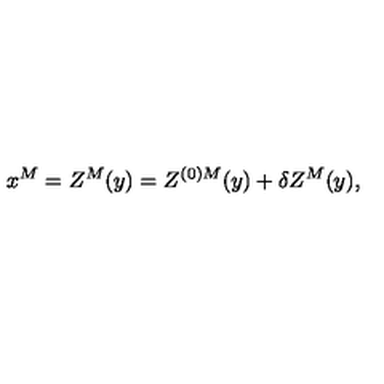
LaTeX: x ^ { M } = Z ^ { M } ( y ) = Z ^ { ( 0 ) M } ( y ) + \delta Z ^ { M } ( y ) ,